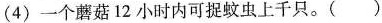
(4)一个蘑菇12小时内可捉蚊虫上千只。( )